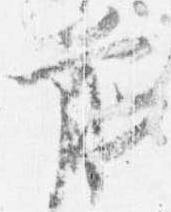
前